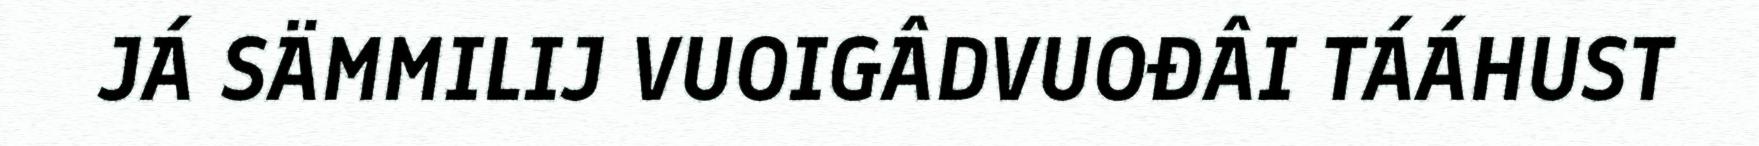
JÁ SÄMMILIJ VUOIGÂDVUOĐÂI TÁÁHUST